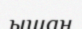
ышан